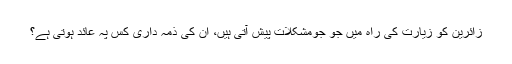
زائرین کو زیارت کی راہ میں جو جومشکلات پیش آتی ہیں، ان کی ذمہ داری کس پہ عائد ہوتی ہے؟